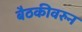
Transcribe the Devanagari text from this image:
बैठकीवरुन